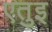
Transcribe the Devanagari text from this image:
एतुइ